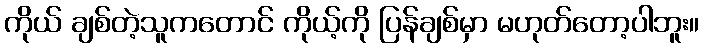
ကိုယ် ချစ်တဲ့သူကတောင် ကိုယ့်ကို ပြန်ချစ်မှာ မဟုတ်တော့ပါဘူး။